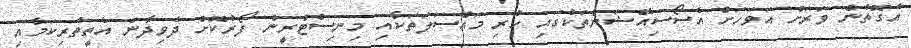
އެގޮތުން ވަރަށް އަވަހަށް އެސޯސިއޭޝަންތަކުގައި ހުރި މައްސަލަތަކާއި މިނިސްޓްރީން ފޯރުކޮށް ދެވިދާނެ އެތީތެރިކަމާއި